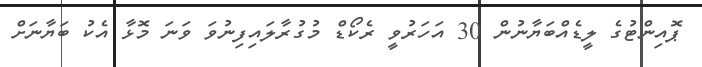
ޕޮއިންޓުގެ ލީޑެއްބަޔާނުން 30 އަހަރުވީ ރެކޯޑް މުގުރާލައިފިނުވަ ވަނަ މޮޅާ އެކު ބަޔާނަށް